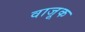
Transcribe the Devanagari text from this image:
वाजूक